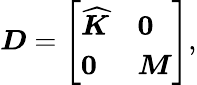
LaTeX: \boldsymbol{D}=\left[\begin{array}{ll}{\boldsymbol{\widehat{K}}}&{\boldsymbol{0}}\\ {\boldsymbol{0}}&{\boldsymbol{M}}\end{array}\right],